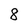
Character: 8